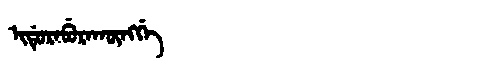
Manchu: ᡳᡩᡠᡵᠠᠪᡠᡵᠠᡴᡡᠩᡤᡝ
Romanization: IDURABURAKŪNGGE